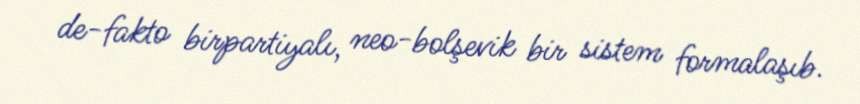
de-fakto birpartiyalı, neo-bolşevik bir sistem formalaşıb.